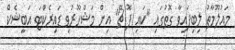
މައުލޫމާތު ލިބިފައިވާ ގޮތުގައި ''ކައި ޕޮ ޗޭ'' އިން މަޝްހޫރުވި ޑައިރެކްޓަ އަބީޝެކް